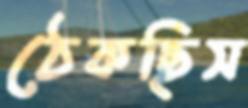
ঠেকছিস